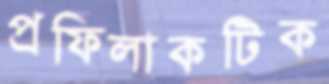
প্রফিলাকটিক